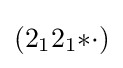
(2_{1}2_{1}{*}{\cdot })